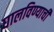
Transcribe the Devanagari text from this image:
घालविण्याची